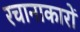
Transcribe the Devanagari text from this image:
रचानाकारों